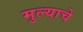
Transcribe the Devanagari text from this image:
मुल्याचे